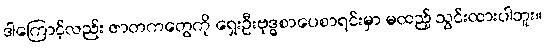
ဒါကြောင့်လည်း ဇာတကတွေကို ရှေးဦးဗုဒ္ဓစာပေစာရင်းမှာ မထည့် သွင်းထားပါဘူး။